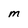
Character: M